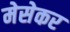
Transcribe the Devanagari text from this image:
मेसेकर